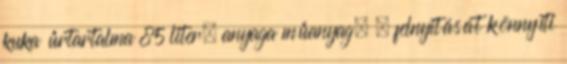
kuka űrtartalma 85 liter, anyaga műanyag. . felnyitását könnyíti